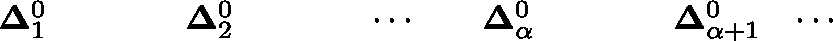
{ \begin{array} { l l l l l l l l l } { \mathbf { \Delta } _ { 1 } ^ { 0 } } & { } & { } & { } & { \mathbf { \Delta } _ { 2 } ^ { 0 } } & { } & { } & { } & { \cdots } \end{array} } { \begin{array} { l l l l l l } { \quad \mathbf { \Delta } _ { \alpha } ^ { 0 } } & { } & { } & { } & { \mathbf { \Delta } _ { \alpha + 1 } ^ { 0 } } & { \cdots } \end{array} }